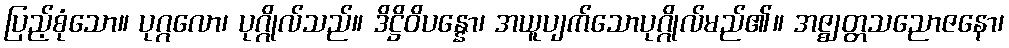
ပြည့်စုံသော။ ပုဂ္ဂလော၊ ပုဂ္ဂိုလ်သည်။ ဒိဋ္ဌိဝိပန္နော၊ အယူပျက်သောပုဂ္ဂိုလ်မည်၏။ အဇ္ဈတ္တသညောဇနော၊